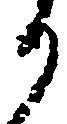
り